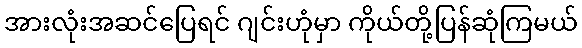
အားလုံးအဆင်ပြေရင် ဂျင်းဟုံမှာ ကိုယ်တို့ပြန်ဆုံကြမယ်